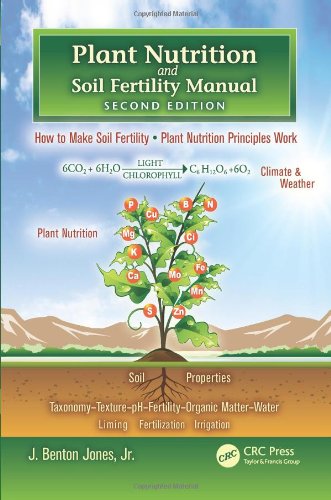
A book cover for Plant Nutrition and Soil Fertility Manual, Second Edition; J. Benton Jones  Jr.; Parenting & Relationships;